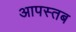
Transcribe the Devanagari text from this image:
आपस्तब